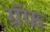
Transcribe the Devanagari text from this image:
ग्रॅफ